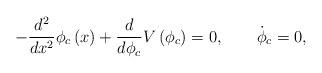
LaTeX: \begin{align*}-\frac{d^2}{dx^2} \phi_c\left(x\right) +\frac{d}{d\phi_c}V\left(\phi_c\right) =0, \qquad \dot\phi_c = 0,\end{align*}